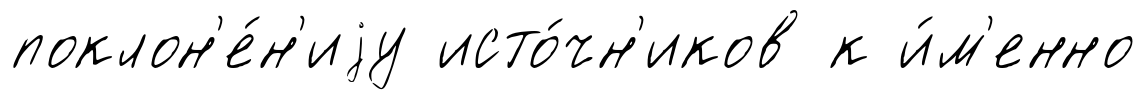
поклон'е́н'иjу исто́чн'иков к и́м'енно